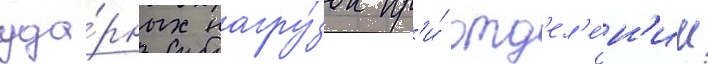
уда́рных нагру́зок пр'и́ отд'ел'е́н'ии